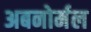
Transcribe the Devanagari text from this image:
अबनोर्मल